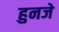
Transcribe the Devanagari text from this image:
हुनजे